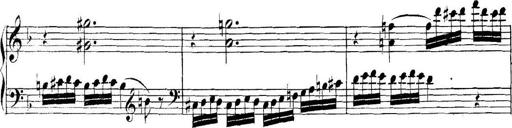
Title: Collected Piano Sonatas
Composer: Muzio Clementi